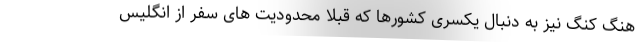
هنگ کنگ نیز به دنبال یکسری کشورها که قبلا محدودیت های سفر از انگلیس